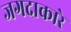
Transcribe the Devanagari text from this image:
जगदाकारे